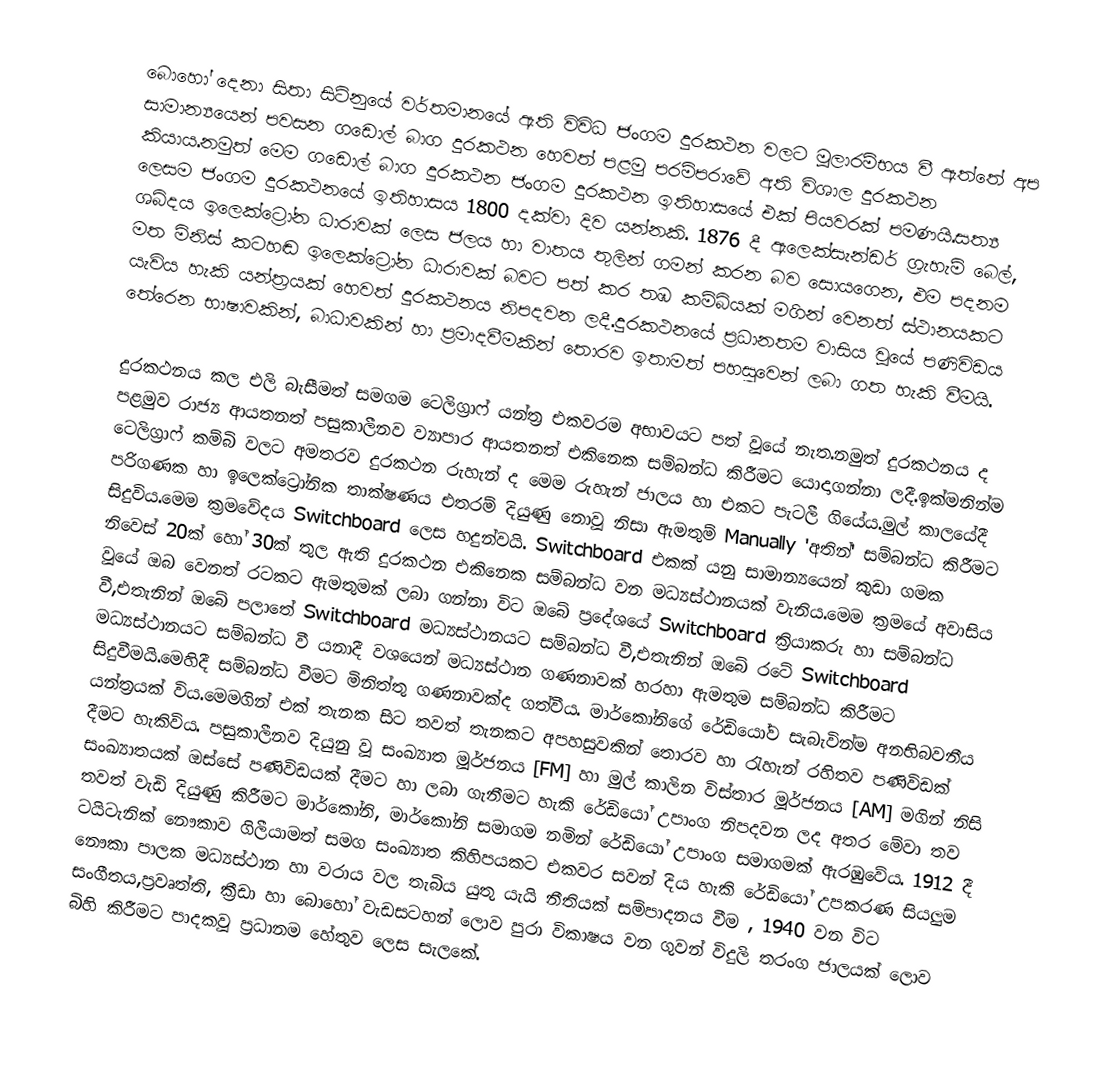
බොහෝ දෙනා සිතා සිටිනුයේ වර්තමානයේ ඇති විවිධ ජංගම දුරකථන වලට මූලාරම්භය වී ඇත්තේ අප සාමාන්‍යයෙන් පවසන ගඩොල් බාග දුරකථන හෙවත් පළමු පරම්පරාවේ අති විශාල දුරකථන කියාය.නමුත් මෙම ගඩොල් බාග දුරකථන ජංගම දුරකථන ඉතිහාසයේ එක් පියවරක් පමණයි.සත්‍ය ලෙසම ජංගම දුරකථනයේ ඉතිහාසය 1800 දක්වා දිව යන්නකි. 1876 දී ඇලෙක්සැන්ඩර් ග්‍රැහැම් බෙල්, ශබ්දය ඉලෙක්ට්‍රෝන ධාරාවක් ලෙස ජලය හා වාතය තුලින් ගමන් කරන බව සොයගෙන, එම පදනම මත මිනිස් කටහඬ ඉලෙක්ට්‍රෝන ධාරාවක් බවට පත් කර තඹ කම්බියක් මගින් වෙනත් ස්ථානයකට යැවිය හැකි යන්ත්‍රයක් හෙවත් දුරකථනය නිපදවන ලදී.දුරකථනයේ ප්‍රධානතම වාසිය වූයේ පණිවිඩය තේරෙන භාෂාවකින්, බාධාවකින් හා ප්‍රමාදවීමකින් තොරව ඉතාමත් පහසුවෙන් ලබා ගත හැකි වීමයි.

දුරකථනය කල එලි බැසීමත් සමගම ටෙලිග්‍රාෆ් යන්ත්‍ර එකවරම අභාවයට පත් වූයේ නැත.නමුත් දුරකථනය ද පළමුව රාජ්‍ය ආයතනත් පසුකාලීනව ව්‍යාපාර ආයතනත් එකිනෙක සම්බන්ධ කිරීමට යොදාගන්නා ලදී.ඉක්මනින්ම ටෙලිග්‍රාෆ් කම්බි වලට අමතරව දුරකථන රුහැන් ද මෙම රුහැන් ජාලය හා එකට පැටලී ගියේය.මුල් කාලයේදී පරිගණක හා ඉලෙක්ට්‍රෝනික තාක්ෂණය එතරම් දියුණු නොවූ නිසා ඇමතුම් Manually 'අතින්' සම්බන්ධ කිරීමට සිදුවිය.මෙම ක්‍රමවේදය Switchboard ලෙස හදුන්වයි. Switchboard එකක් යනු සාමාන්‍යයෙන් කුඩා ගමක නිවෙස් 20ක් හෝ 30ක් තුල ඇති දුරකථන එකිනෙක සම්බන්ධ වන මධ්‍යස්ථානයක් වැනිය.මෙම ක්‍රමයේ අවාසිය වූයේ ඔබ වෙනත් රටකට ඇමතුමක් ලබා ගන්නා විට ඔබේ ප්‍රදේශයේ Switchboard ක්‍රියාකරු හා සම්බන්ධ වී,එතැනින් ඔබේ පලාතේ Switchboard මධ්‍යස්ථානයට සම්බන්ධ වී,එතැනින් ඔබේ රටේ Switchboard මධ්‍යස්ථානයට සම්බන්ධ වී යනාදී වශයෙන් මධ්‍යස්ථාන ගණනාවක් හරහා ඇමතුම සම්බන්ධ කිරීමට සිදුවීමයි.මෙහිදී සම්බන්ධ වීමට මිනිත්තු ගණනාවක්ද ගත්වීය. මාර්කෝනිගේ රේඩියෝව සැබැවින්ම අනභිබවනීය යන්ත්‍රයක් විය.මෙමගින් එක් තැනක සිට තවත් තැනකට අපහසුවකින් තොරව හා රැහැන් රහිතව පණිවිඩක් දීමට හැකිවිය. පසුකාලීනව දියුනු වූ සංඛ්‍යාත මූර්ජනය [FM] හා මුල් කාලින විස්තාර මූර්ජනය [AM]  මගින් නිසි සංඛ්‍යාතයක් ඔස්සේ පණිවිඩයක් දීමට හා ලබා ගැනීමට හැකි රේඩියෝ උපාංග නිපදවන ලද අතර මේවා තව තවත් වැඩි දියුණු කිරීමට මාර්කෝනි, මාර්කෝනි සමාගම නමින් රේඩියෝ උපාංග සමාගමක් ඇරඹුවේය. 1912 දී ටයිටැනික් නෞකාව ගිලීයාමත් සමග සංඛ්‍යාත කිහිපයකට එකවර සවන් දිය හැකි රේඩියෝ උපකරණ සියලුම නෞකා පාලක මධ්‍යස්ථාන හා වරාය වල තැබිය යුතු යැයි නීතියක් සම්පාදනය වීම , 1940 වන විට සංගීතය,ප්‍රවෘත්ති, ක්‍රීඩා හා බොහෝ වැඩසටහන් ලොව පුරා විකාෂය වන ගුවන් විදුලි තරංග ජාලයක් ලොව බිහි කිරීමට පාදකවූ ප්‍රධානම හේතුව ලෙස සැලකේ.